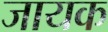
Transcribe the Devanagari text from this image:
जायक